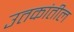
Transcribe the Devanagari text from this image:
उतकांतील